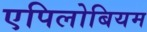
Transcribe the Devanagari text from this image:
एपिलोबियम